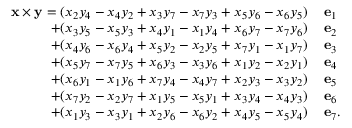
{ \begin{array} { r l } { \mathbf { x } \times \mathbf { y } = ( x _ { 2 } y _ { 4 } - x _ { 4 } y _ { 2 } + x _ { 3 } y _ { 7 } - x _ { 7 } y _ { 3 } + x _ { 5 } y _ { 6 } - x _ { 6 } y _ { 5 } ) \, } & { \mathbf { e } _ { 1 } } \\ { + ( x _ { 3 } y _ { 5 } - x _ { 5 } y _ { 3 } + x _ { 4 } y _ { 1 } - x _ { 1 } y _ { 4 } + x _ { 6 } y _ { 7 } - x _ { 7 } y _ { 6 } ) \, } & { \mathbf { e } _ { 2 } } \\ { + ( x _ { 4 } y _ { 6 } - x _ { 6 } y _ { 4 } + x _ { 5 } y _ { 2 } - x _ { 2 } y _ { 5 } + x _ { 7 } y _ { 1 } - x _ { 1 } y _ { 7 } ) \, } & { \mathbf { e } _ { 3 } } \\ { + ( x _ { 5 } y _ { 7 } - x _ { 7 } y _ { 5 } + x _ { 6 } y _ { 3 } - x _ { 3 } y _ { 6 } + x _ { 1 } y _ { 2 } - x _ { 2 } y _ { 1 } ) \, } & { \mathbf { e } _ { 4 } } \\ { + ( x _ { 6 } y _ { 1 } - x _ { 1 } y _ { 6 } + x _ { 7 } y _ { 4 } - x _ { 4 } y _ { 7 } + x _ { 2 } y _ { 3 } - x _ { 3 } y _ { 2 } ) \, } & { \mathbf { e } _ { 5 } } \\ { + ( x _ { 7 } y _ { 2 } - x _ { 2 } y _ { 7 } + x _ { 1 } y _ { 5 } - x _ { 5 } y _ { 1 } + x _ { 3 } y _ { 4 } - x _ { 4 } y _ { 3 } ) \, } & { \mathbf { e } _ { 6 } } \\ { + ( x _ { 1 } y _ { 3 } - x _ { 3 } y _ { 1 } + x _ { 2 } y _ { 6 } - x _ { 6 } y _ { 2 } + x _ { 4 } y _ { 5 } - x _ { 5 } y _ { 4 } ) \, } & { \mathbf { e } _ { 7 } . } \end{array} }